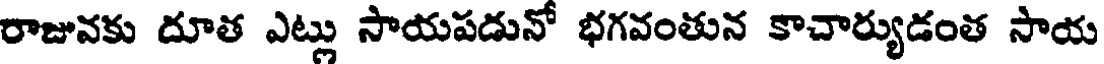
రాజువకు దూత ఎట్లు సాయపడునో భగవంతున కాచార్యుడంత సాయ